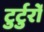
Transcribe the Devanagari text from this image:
टुर्टुर्रो